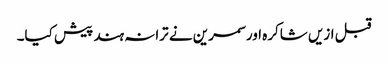
قبل ازیں شاکرہ اور سمرین نے ترانہ ہند پیش کیا۔